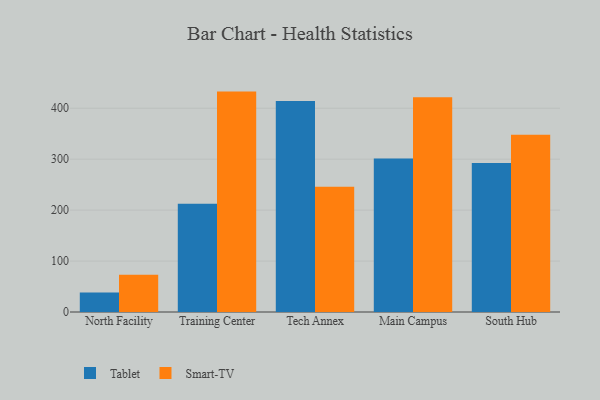
{"axis": {"x": "Campus", "y": "Satisfaction Score"}, "legend": ["Smart-TV", "Tablet"], "data": [{"x": "North Facility", "y": 38.1, "type": "Tablet"}, {"x": "North Facility", "y": 73.0, "type": "Smart-TV"}, {"x": "Training Center", "y": 212.4, "type": "Tablet"}, {"x": "Training Center", "y": 432.6, "type": "Smart-TV"}, {"x": "Tech Annex", "y": 414.0, "type": "Tablet"}, {"x": "Tech Annex", "y": 245.8, "type": "Smart-TV"}, {"x": "Main Campus", "y": 301.5, "type": "Tablet"}, {"x": "Main Campus", "y": 421.7, "type": "Smart-TV"}, {"x": "South Hub", "y": 292.7, "type": "Tablet"}, {"x": "South Hub", "y": 347.8, "type": "Smart-TV"}]}